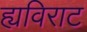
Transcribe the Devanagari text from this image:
ह्यविराट